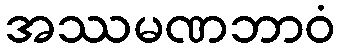
အဿမဏဘာဝံ